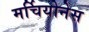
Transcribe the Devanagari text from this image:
मर्चियोनेस